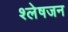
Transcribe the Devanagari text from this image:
श्लेषजन